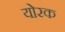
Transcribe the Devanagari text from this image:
योरक